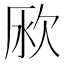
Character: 𣢭